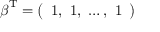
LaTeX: { \boldsymbol { \beta } } ^ { \mathrm { T } } = { \left( \begin{array} { l } { 1 , \ 1 , \ \dots , \ 1 } \end{array} \right) }